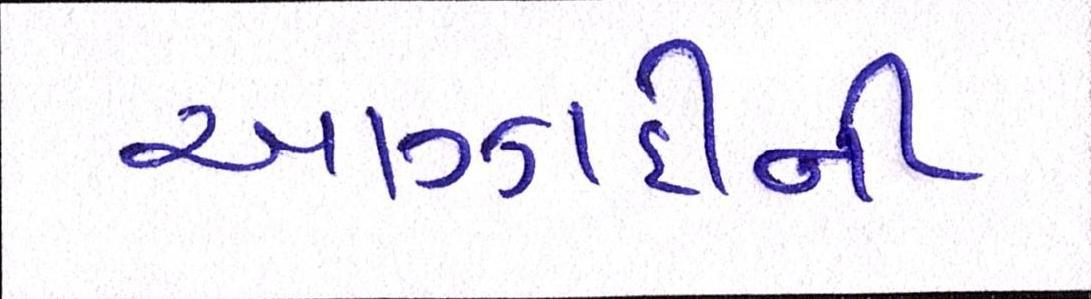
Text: આઝાદીની